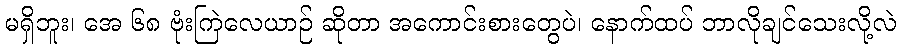
မရှိဘူး၊ အေ ၆၈ ဗုံးကြဲလေယာဉ် ဆိုတာ အကောင်းစားတွေပဲ၊ နောက်ထပ် ဘာလိုချင်သေးလို့လဲ